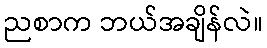
ညစာက ဘယ်အချိန်လဲ။